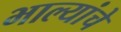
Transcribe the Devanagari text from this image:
भाल्यांचे